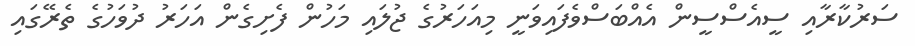
ސަރުކާރާއި ސީއެސްސީން އެއްބަސްވެފައިވަނީ މިއަހަރުގެ ޖުލައި މަހުން ފެށިގެން އަހަރު ދުވަހުގެ ތެރޭގައި